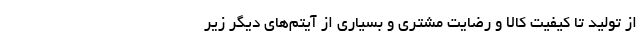
از تولید تا کیفیت کالا و رضایت مشتری و بسیاری از آیتم‌های دیگر زیر